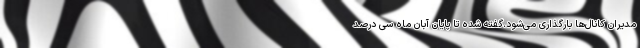
مدیران کانال‌ها بارگذاری می‌شود.گفته شده تا پایان آبان ماه سی درصد